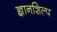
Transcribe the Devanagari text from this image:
ज्ञानशिल्प